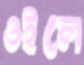
ওইলে